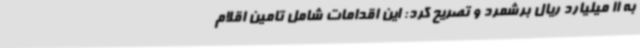
به 11 میلیارد ریال برشمرد و تصریح کرد: این اقدامات شامل تامین اقلام